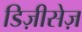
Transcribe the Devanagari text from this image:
डिज़ीसेज़